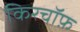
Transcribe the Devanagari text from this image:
किरचॉफ़